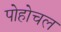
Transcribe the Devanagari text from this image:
पोहोचल